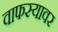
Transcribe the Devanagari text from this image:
वाफस्यावर